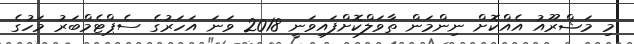
މި މަޝްރޫއު އެއްކޮށް ނިންމަން ތާވަލްކޮށްފައިވަނީ 2018 ވަނަ އަހަރުގެ ސެޕްޓެމްބަރު މަހުގެ